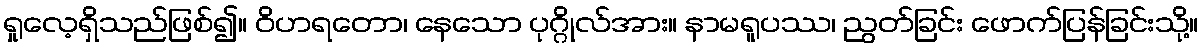
ရှုလေ့ရှိသည်ဖြစ်၍။ ဝိဟရတော၊ နေသော ပုဂ္ဂိုလ်အား။ နာမရူပဿ၊ ညွတ်ခြင်း ဖောက်ပြန်ခြင်းသို့။